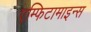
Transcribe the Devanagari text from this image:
एम्फिटामाइन्स